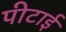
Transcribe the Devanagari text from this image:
पीटाई